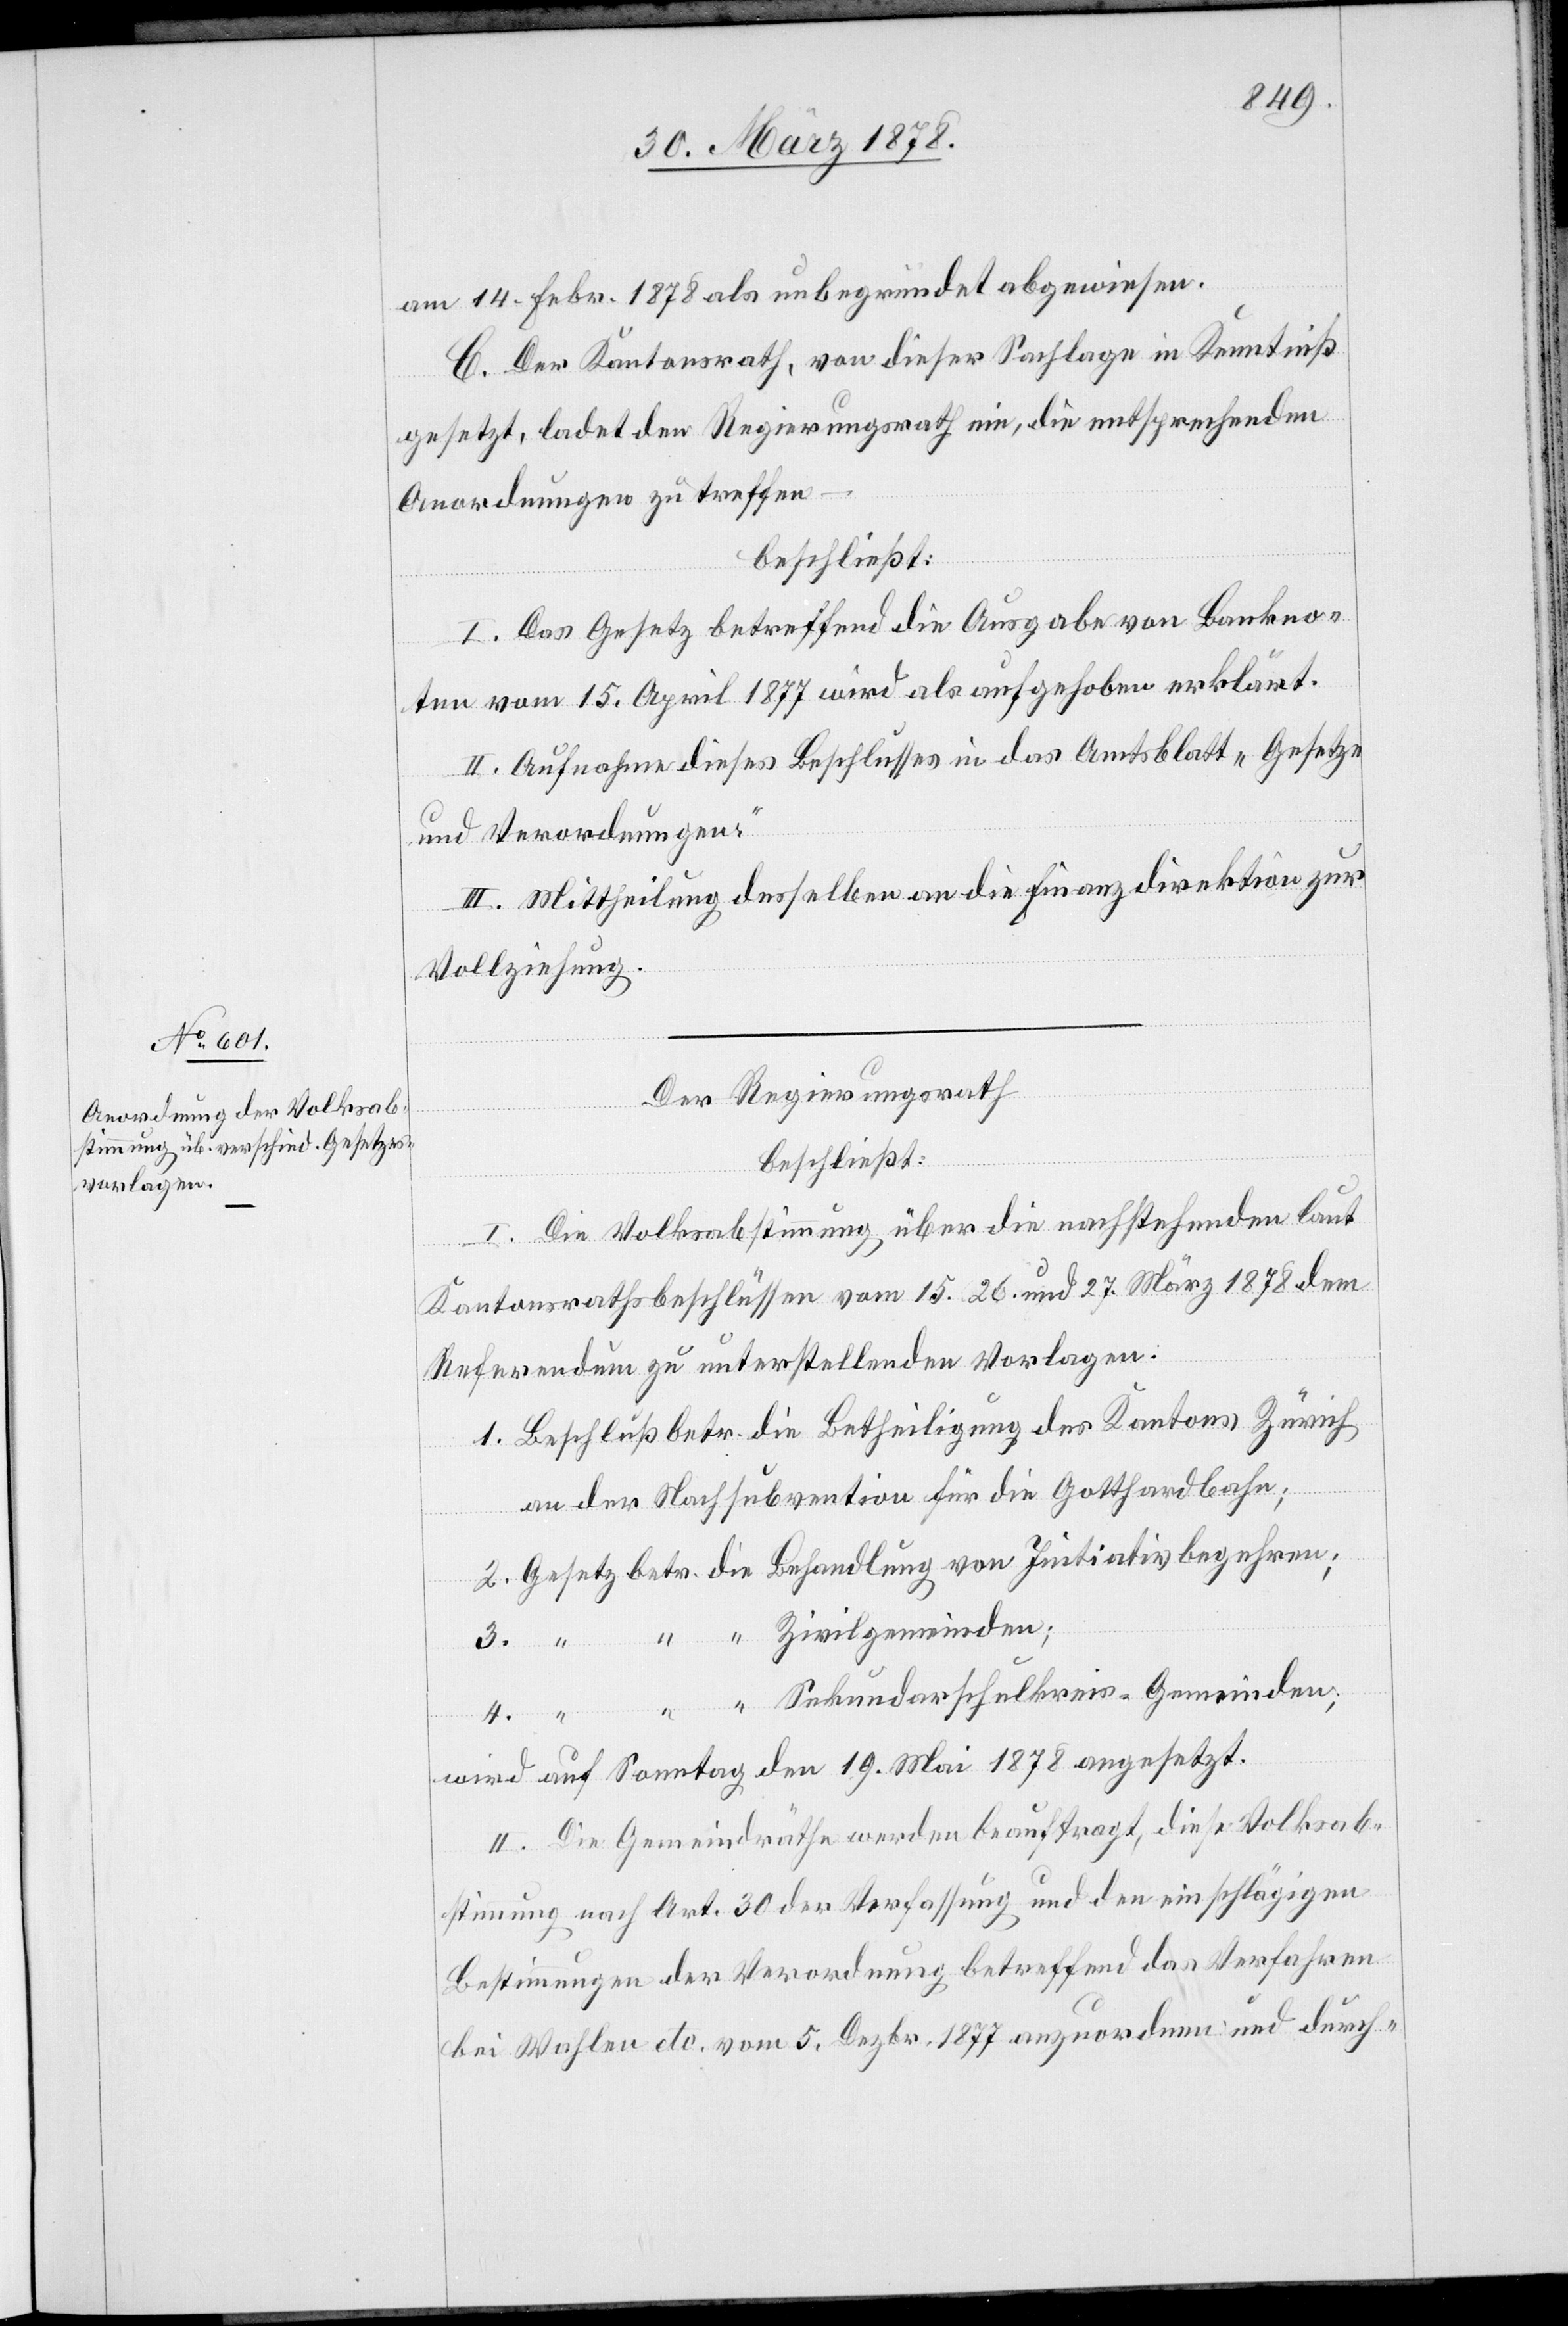
am 14. Febr. 1878 als unbegründet abgewiesen.
C. Der Kantonsrath, von dieser Sachlage in Kenntniß
gesetzt, ladet den Regierungsrath ein, die entsprechenden
Anordnungen zu treffen
beschließt:
I. Das Gesetz betreffend die Ausgabe von Bankno¬
ten vom 15. April 1877 wird als aufgehoben erklärt.
II. Aufnahme dieses Beschlusses in das Amtsblatt „Gesetze
und Verordnungen“.
III. Mittheilung desselben an die Finanzdirektion zur
Vollziehung.
Der Regierungsrath,
beschließt:
I. Die Volksabstimmung über die nachstehenden laut
Kantonsrathsbeschlüssen vom 15., 26. und 27. März 1878 dem
Referendum zu unterstellenden Vorlagen.
1. Beschluß betr. die Betheiligung des Kantons Zürich
an der Nachsubvention für die Gotthardbahn;
2. Gesetz betr. die Behandlung von Initiativbegehren;
3. “ “ “ Zivilgemeinden;
4. “ “ “ Sekundarschulkreis-Gemeinden;
wird auf Sonntag den 19. Mai 1978 angesetzt.
II. Die Gemeindräthe werden beauftragt, diese Volksab¬
stimmung nach Art. 30 der Verfassung und den einschlägigen
Bestimmungen der Verordnung betreffend das Verfahren
bei Wahlen etc. vom 5. Dezbr. 1877 anzuordnen und durch-